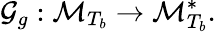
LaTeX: \mathcal{G}_{g}:\mathcal{M}_{T_{b}}\rightarrow\mathcal{M}_{T_{b}}^{\ast}.